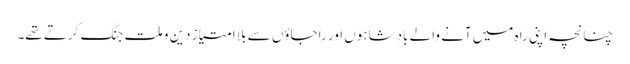
چنانچہ اپنی راہ میں آنے والے بادشاہوں اور راجاؤں سے بلا امتیاز دین و ملت جنگ کرتے تھے۔